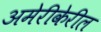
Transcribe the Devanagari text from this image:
अमेरीकेरील